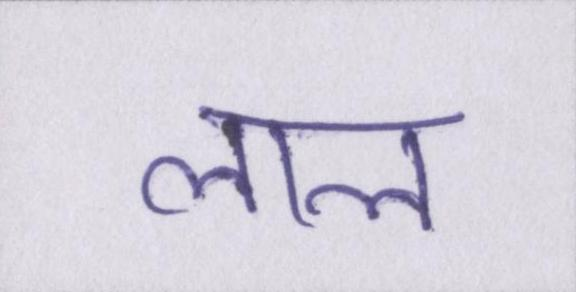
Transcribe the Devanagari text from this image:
लाल